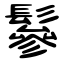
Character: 鬖